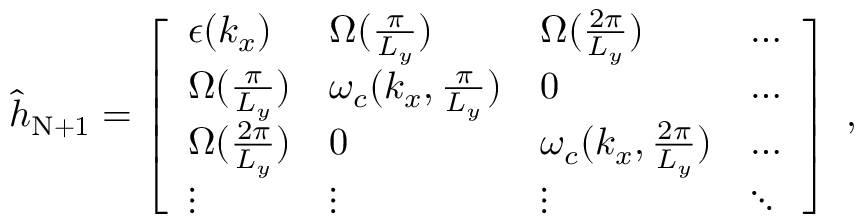
\begin{array} { r } { { \hat { h } } _ { \mathrm { N + 1 } } = \left[ \begin{array} { l l l l } { \epsilon ( k _ { x } ) } & { { \Omega } ( \frac { \pi } { L _ { y } } ) } & { { \Omega } ( \frac { 2 \pi } { L _ { y } } ) } & { \hdots } \\ { { \Omega } ( \frac { \pi } { L _ { y } } ) } & { \omega _ { c } ( { k _ { x } , \frac { \pi } { L _ { y } } } ) } & { 0 } & { \hdots } \\ { { \Omega } ( \frac { 2 \pi } { L _ { y } } ) } & { 0 } & { \omega _ { c } ( { k _ { x } , \frac { 2 \pi } { L _ { y } } } ) } & { \hdots } \\ { \vdots } & { \vdots } & { \vdots } & { \ddots } \end{array} \right] ~ , } \end{array}